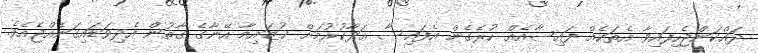
ދައްކަންޖެހިފައިވާ އެތަކެއް ފައިސާއެއް ހުރެގެން އެފައިސާ އަދާކުރުމަށް ޚުޒައިމާ އޭނާގެ ގާތުން އެދިވަޑައިގަނެއްޖެއެވެ.